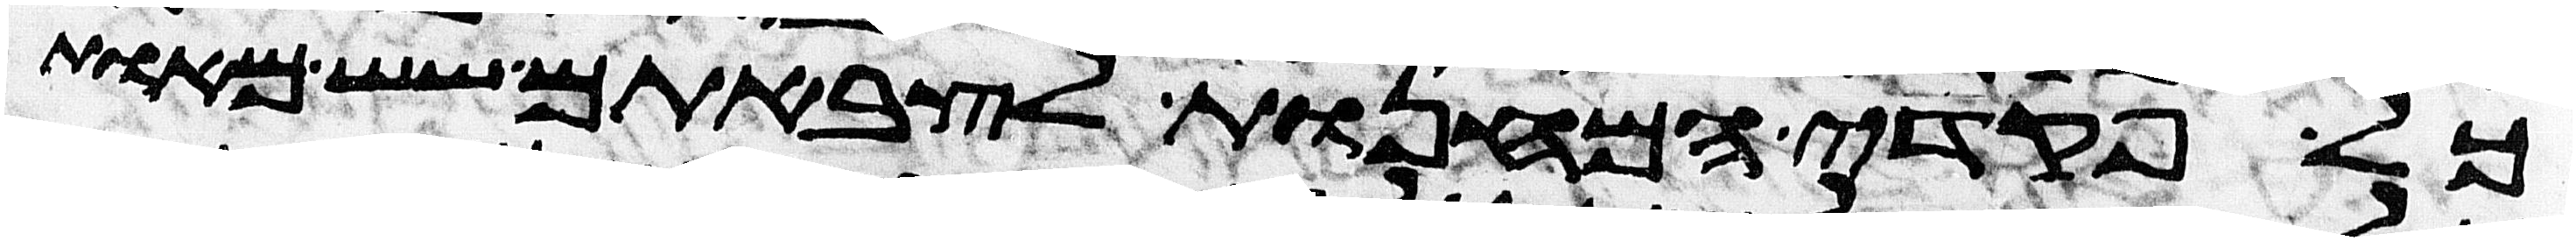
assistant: כל פקדי המחנות לצבאתם שש מאות